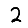
Digit: 2